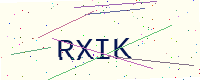
Text: RXIK